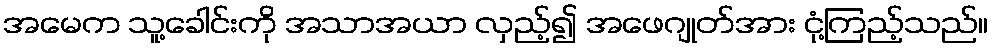
အမေက သူ့ခေါင်းကို အသာအယာ လှည့်၍ အဖေဂျုတ်အား ငုံ့ကြည့်သည်။